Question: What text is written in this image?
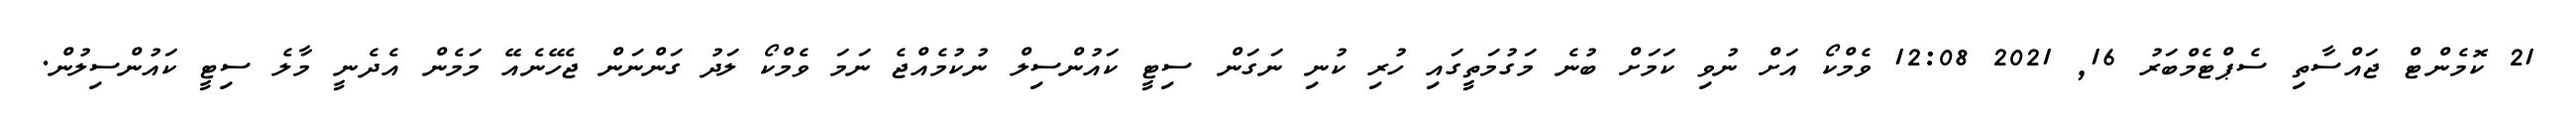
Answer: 21 ކޮމެންޓް ޖައްސާތި ސެޕްޓެމްބަރު 16, 2021 12:08 ވެމްކޯ އަށް ނުވި ކަމަށް ބުނެ މަގުމަތީގައި ހުރި ކުނި ނަގަން ސިޓީ ކައުންސިލް ނުކުމެއްޖެ ނަމަ ވެމްކޯ ލަދު ގަންނަން ޖެހޭނެއޭ މަމެން އެދެނީ މާލެ ސިޓީ ކައުންސިލުން.